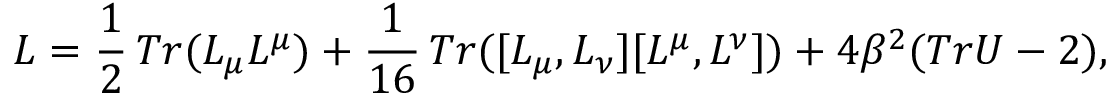
{ \cal L } = \frac { 1 } { 2 } \, T r ( L _ { \mu } L ^ { \mu } ) + \frac { 1 } { 1 6 } \, T r ( [ L _ { \mu } , L _ { \nu } ] [ L ^ { \mu } , L ^ { \nu } ] ) + 4 \beta ^ { 2 } ( T r U - 2 ) ,